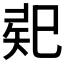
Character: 𢁄